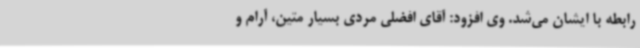
رابطه با ایشان می‌شد. وی افزود: آقای افضلی مردی بسیار متین، آرام و